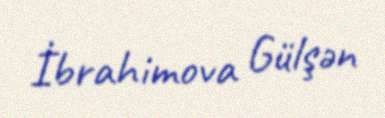
İbrahimova Gülşən